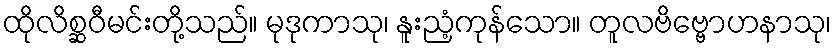
ထိုလိစ္ဆဝီမင်းတို့သည်။ မုဒုကာသု၊ နူးညံ့ကုန်သော။ တူလဗိဗ္ဗောဟနာသု၊